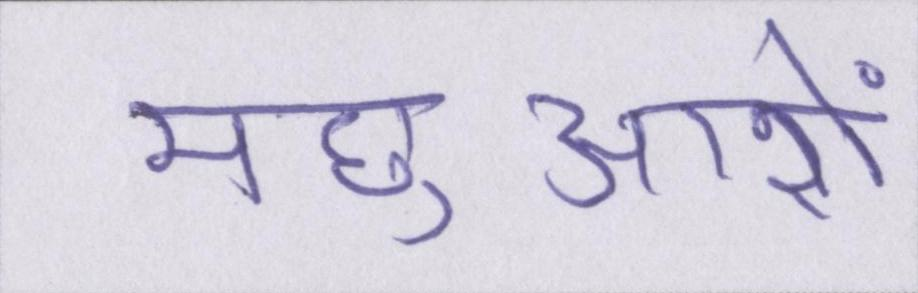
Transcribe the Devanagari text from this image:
मछुआरों